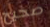
صحيح